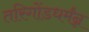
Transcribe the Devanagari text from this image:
तरिगोंडधर्मंन्न